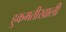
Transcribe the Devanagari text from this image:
हुकमतीखाली